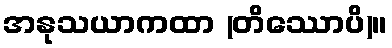
အနုသယာကထာ (တိဿောပိ)။